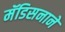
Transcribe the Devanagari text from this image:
मॅडिसनाने